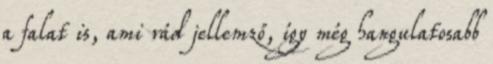
a falat is, ami rád jellemző, így még hangulatosabb